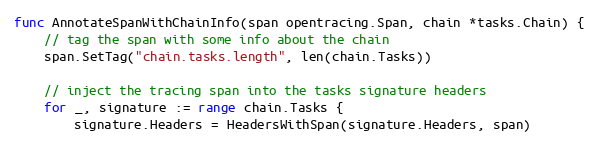
Language: Go
func AnnotateSpanWithChainInfo(span opentracing.Span, chain *tasks.Chain) {
	// tag the span with some info about the chain
	span.SetTag("chain.tasks.length", len(chain.Tasks))

	// inject the tracing span into the tasks signature headers
	for _, signature := range chain.Tasks {
		signature.Headers = HeadersWithSpan(signature.Headers, span)